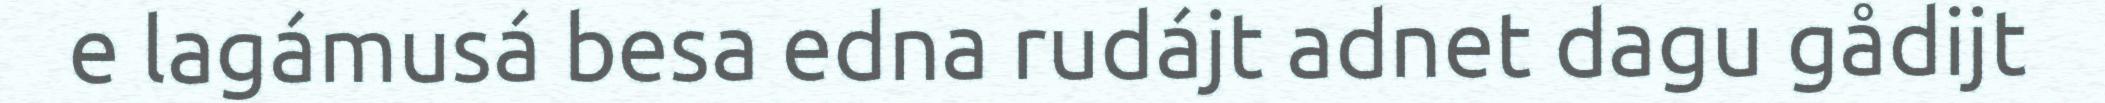
e lagámusá besa edna rudájt adnet dagu gådijt